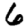
Digit: 6